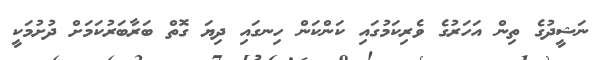
ނަޝީދުގެ ތިން އަހަރުގެ ވެރިކަމުގައި ކަންކަން ހިނގައި ދިޔަ ގޮތް ބަރާބަރުކަމަށް ދުށުމަކީ